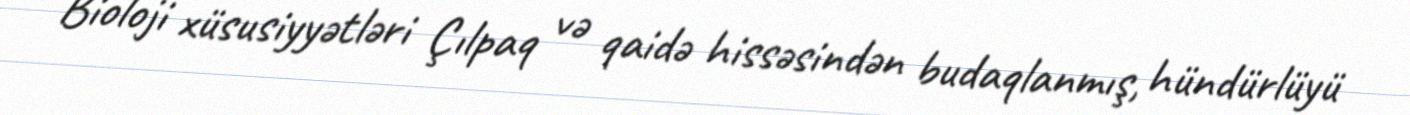
Bioloji xüsusiyyətləri Çılpaq və qaidə hissəsindən budaqlanmış, hündürlüyü